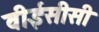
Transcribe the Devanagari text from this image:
वीईसीसी